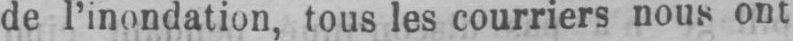
de l’inondation, tous les courriers nous ont